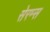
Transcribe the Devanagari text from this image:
सेरम्स